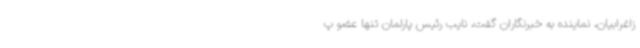
زاغرابیان، نماینده به خبرنگاران گفت، نایب رئیس پارلمان تنها عضو پ